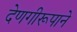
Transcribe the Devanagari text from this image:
देणगीरूपाने